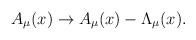
LaTeX: \begin{align*}A_\mu (x)\rightarrow A_\mu (x) - \Lambda_\mu (x).\end{align*}